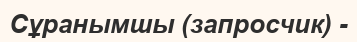
Сұранымшы (запросчик) -